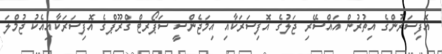
އޮފިސަރުންގެ އިތުރުން އައްސޭރި ޖަލުގެ އޮފިސަރަކާއި އިމަޖެންސީ ސަޕޯރޓް ގްރޫޕްގެ އޮފިސަރަކާއިއެކު ޖުމްލަ